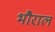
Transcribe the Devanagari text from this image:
भौराल